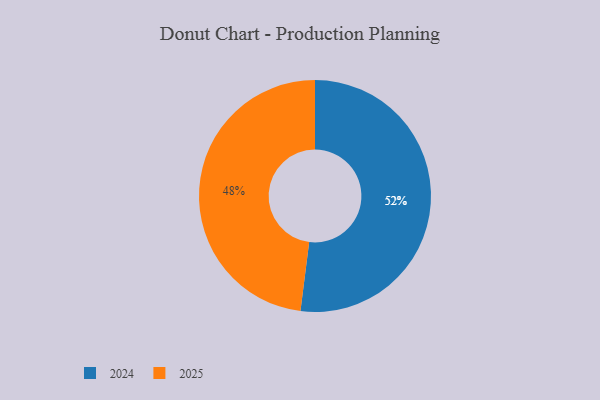
{"axis": {"x": "Category", "y": "Percentage"}, "legend": ["2024", "2025"], "data": [{"x": "2024", "y": 52, "type": "2024"}, {"x": "2025", "y": 48, "type": "2025"}]}